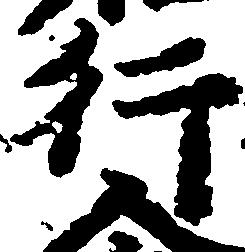
行